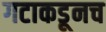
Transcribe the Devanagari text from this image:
गटाकडूनच